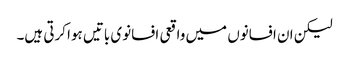
لیکن ان افسانوں میں واقعی افسانوی باتیں ہوا کرتی ہیں۔